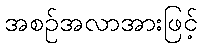
အစဉ်အလာအားဖြင့်